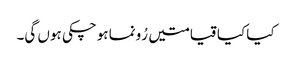
کیا کیا قیامتیں رُونما ہوچکی ہوں گی۔